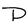
Character: P